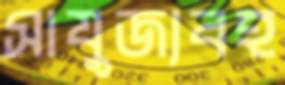
সাযুজ্যবহ